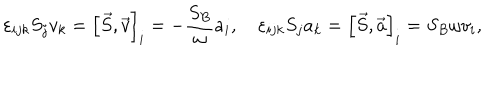
\varepsilon _ { i j k } S _ { j } v _ { k } = \left[ \vec { S } , \vec { v } \right] _ { i } = - \frac { S _ { B } } { \omega } a _ { i } , \quad \varepsilon _ { i j k } S _ { j } a _ { k } = \left[ \vec { S } , \vec { a } \right] _ { i } = { S _ { B } } { \omega } v _ { i } ,